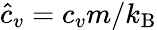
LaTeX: \hat{c}_{v}=c_{v}m/k_{\textrm{B}}